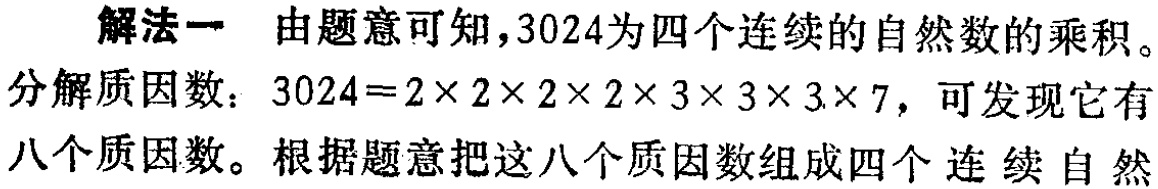
解法一 由题意可知，3024为四个连续的自然数的乘积。

分解质因数：\(3024 = 2\times2\times2\times2\times3\times3\times3\times7\)，可发现它有

八个质因数。根据题意把这八个质因数组成四个 连 续 自 然